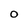
Character: O